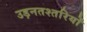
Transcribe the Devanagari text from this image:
उड़नतश्तरियों